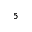
^ 5